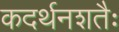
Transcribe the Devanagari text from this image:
कदर्थनशतैः